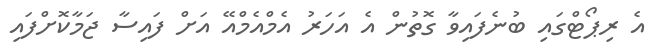
އެ ރިޕޯޓްގައި ބުނެފައިވާ ގޮތުން އެ އަހަރު އެމްއެމްއޭ އަށް ފައިސާ ޖަމާކޮށްފައި